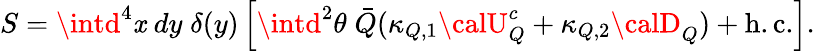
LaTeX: S=\intd^{4}\mathit{x}\; dy\; \delta(y)\left[\intd^{2}\theta\; \bar{{Q}}(\kappa_{Q,1}{\calU}_{Q}^{c}+\kappa_{Q,2}{\calD}_{Q})+\mathrm{{h.c.}}\right].